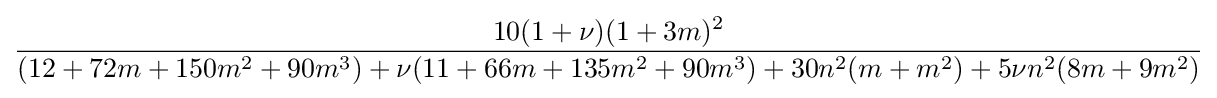
{\frac {10(1+\nu )(1+3m)^{2}}{(12+72m+150m^{2}+90m^{3})+\nu (11+66m+135m^{2}+90m^{3})+30n^{2}(m+m^{2})+5\nu n^{2}(8m+9m^{2})}}